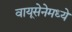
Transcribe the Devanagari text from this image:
वायूसेनेमध्ये